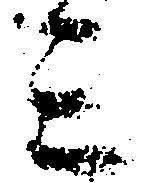
ミ